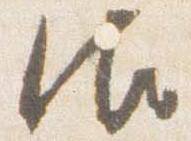
御